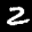
Digit: 2